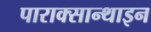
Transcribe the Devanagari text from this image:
पाराक्सान्थाइन